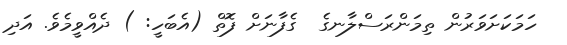
ހަމަކަށަވަރުން ތިމަންރަސްލާނގެ  ގެފާނަށް ފޮތް (އެބަހީ: ) ދެއްވީމެވެ. އަދި